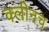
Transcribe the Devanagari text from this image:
क्लीनच